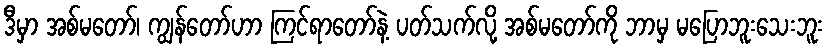
ဒီမှာ အစ်မတော်၊ ကျွန်တော်ဟာ ကြင်ရာတော်နဲ့ ပတ်သက်လို့ အစ်မတော်ကို ဘာမှ မပြောဘူးသေးဘူး